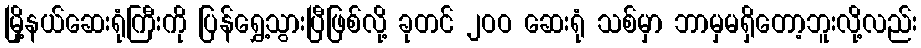
မြို့နယ်ဆေးရုံကြီးကို ပြန်ရွှေ့သွားပြီဖြစ်လို့ ခုတင် ၂ဝဝ ဆေးရုံ သစ်မှာ ဘာမှမရှိတော့ဘူးလို့လည်း